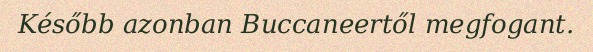
Később azonban Buccaneertől megfogant.